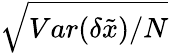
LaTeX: \sqrt{Var(\delta\tilde{x})/N}